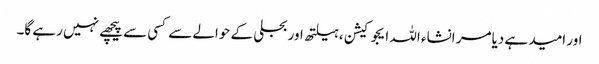
اور امید ہے دیامر انشاء اللہ ایجوکیشن ،ہیلتھ اور بجلی کے حوالے سے کسی سے پیچھے نہیں رہے گا۔